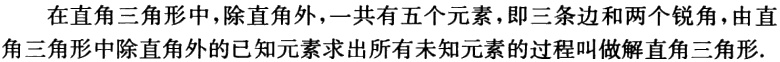
在直角三角形中，除直角外，一共有五个元素，即三条边和两个锐角，由直角三角形中除直角外的已知元素求出所有未知元素的过程叫做解直角三角形.